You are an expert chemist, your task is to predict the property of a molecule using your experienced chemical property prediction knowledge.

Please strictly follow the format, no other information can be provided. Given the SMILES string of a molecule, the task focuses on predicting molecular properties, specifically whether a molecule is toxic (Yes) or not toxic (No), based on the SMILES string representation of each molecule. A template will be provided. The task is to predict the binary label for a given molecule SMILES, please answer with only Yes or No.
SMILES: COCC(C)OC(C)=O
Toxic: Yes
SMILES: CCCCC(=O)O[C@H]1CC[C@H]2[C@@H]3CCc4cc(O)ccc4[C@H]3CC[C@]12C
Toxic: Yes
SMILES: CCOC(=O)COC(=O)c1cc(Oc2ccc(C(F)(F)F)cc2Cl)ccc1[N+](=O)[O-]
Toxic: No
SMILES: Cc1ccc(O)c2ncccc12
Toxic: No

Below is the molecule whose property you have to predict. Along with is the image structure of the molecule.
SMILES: CCN(CC)C(=O)SCc1ccc(Cl)cc1
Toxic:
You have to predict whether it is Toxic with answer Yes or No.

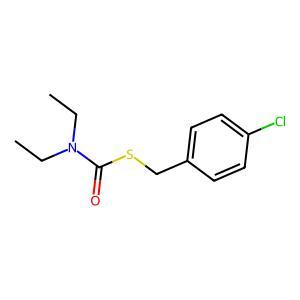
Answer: No